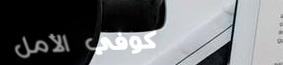
كوفي الأمل